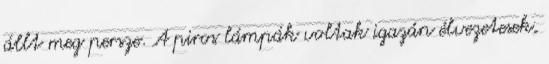
állt meg persze. A piros lámpák voltak igazán élvezetesek,